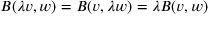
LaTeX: B ( \lambda v , w ) = B ( v , \lambda w ) = \lambda B ( v , w )